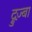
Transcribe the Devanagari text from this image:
द्रुज़्बा